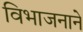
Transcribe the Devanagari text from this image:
विभाजनाने